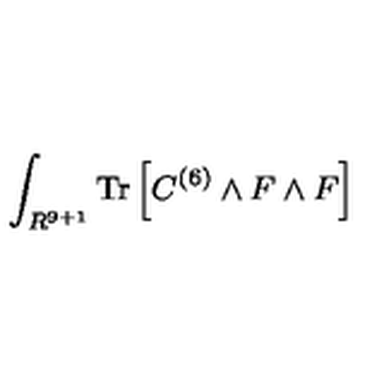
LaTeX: \int _ { R ^ { 9 + 1 } } \mathrm { T r } \left[ C ^ { ( 6 ) } \wedge F \wedge F \right]